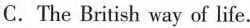
C.The British way of life.